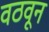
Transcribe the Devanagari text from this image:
वठवून